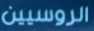
الروسيين